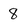
Character: 8